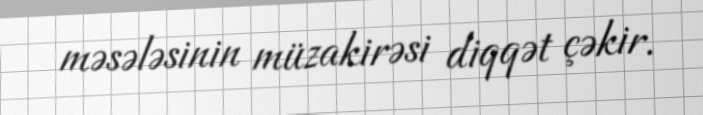
məsələsinin müzakirəsi diqqət çəkir.